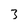
Character: 3